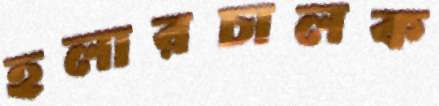
হলারচালক